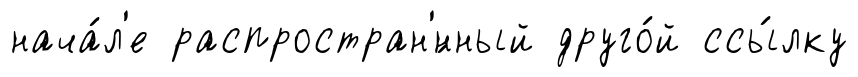
нача́л'е распростран'́нный друго́й ссы́лку